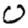
Digit: 0